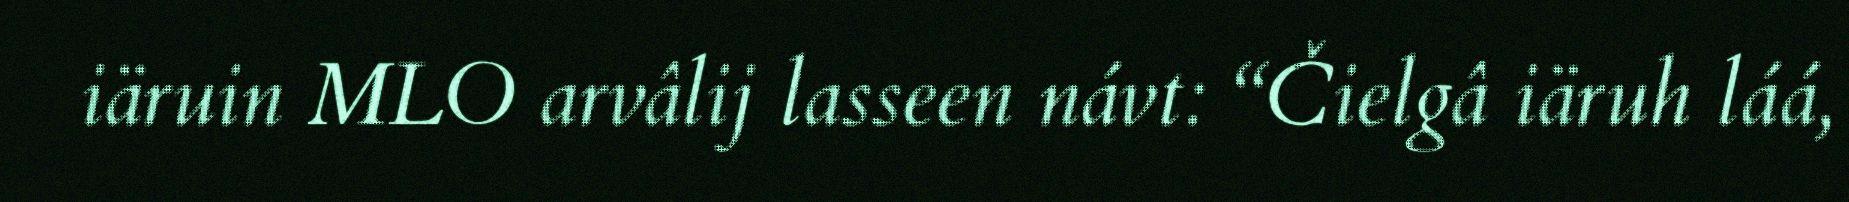
iäruin MLO arvâlij lasseen návt: “Čielgâ iäruh láá,